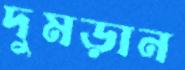
দুমড়ান